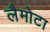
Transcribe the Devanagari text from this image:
लैमोटा